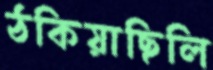
ঠকিয়াছিলি